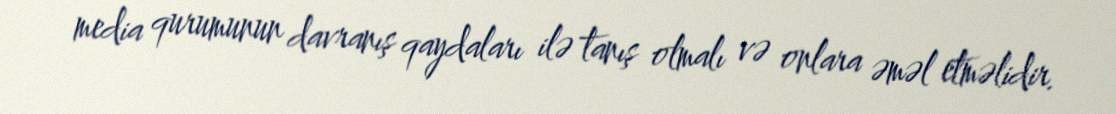
media qurumunun davranış qaydaları ilə tanış olmalı və onlara əməl etməlidir.